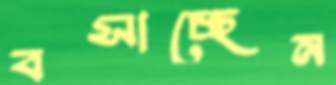
বসাচ্ছেন